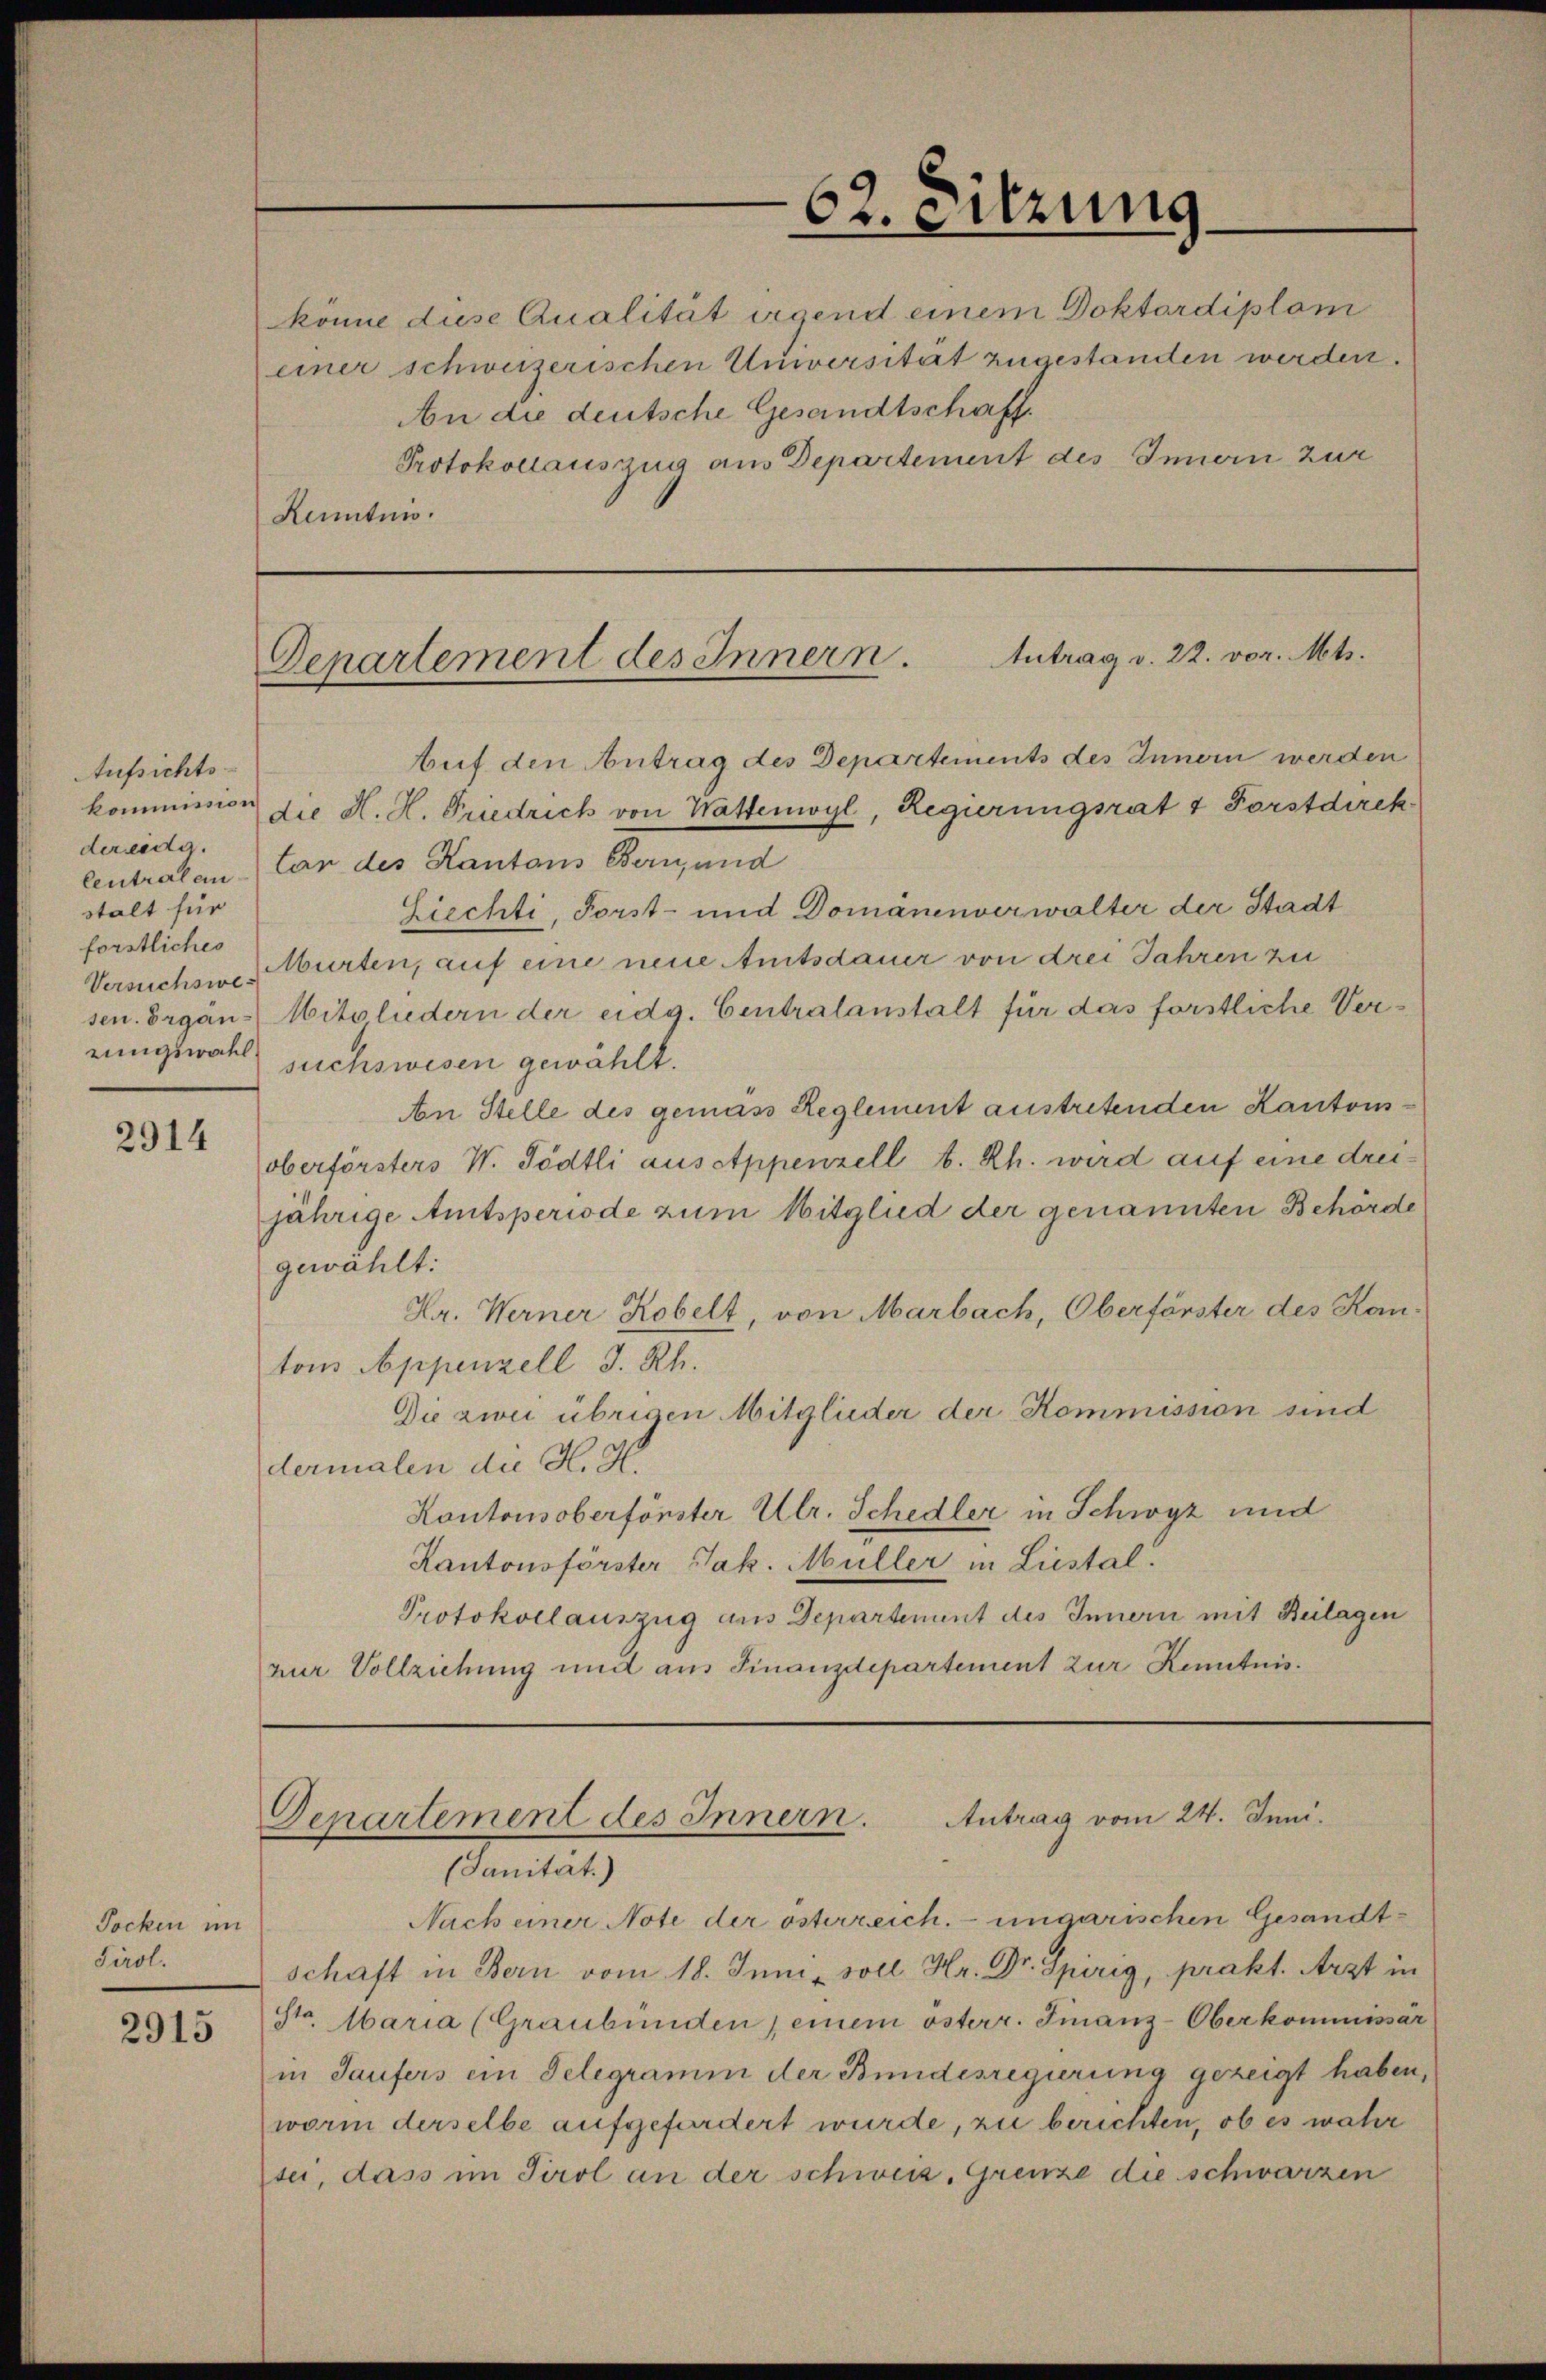
Aufsichts-
der eidg.
stalt für
förstliches
rungswahl

2914

Jocken im
Tirol.
2915

könne diese Qualität irgend einem Doktordiplom
einer schweizerischen Universität zugestanden werden.
An die deutsche Gesandtschaff¬
Protokollauszug aus Departement des Innern zur
Kenntnis.

62. Sitzung

kommission die H. H. Friedrich von Wattenwyl, Regierungsrat & Forstdirek
Centralen an des Kantons Bern und
Ziechti, Forst- und Domänenverwalter der Stadt
Versuchs Würten, auf eine neue Amtsdauer von drei Jahren zu
sen. Ergän- Mitgliedern der eidg. Centralanstalt für das förstliche Versuchswesen gewählt.
An Stelle des gemäss Reglement austretenden Kantonsoberförsters W. Tödtli aus Appenzell b. Rh. wird auf eine dreijährige Amtsperiode zum Mitglied der genannten Behörde
gewählt:
Hr. Werner Robelt, von Marbach, Oberförster des Kantons Appenzell I. Rh.
Die zwei übrigen Mitglieder der Kommission sind
dermalen die H. H.
Kontonsoberförster Ulr. Schedler in Schwyz und
Kantonsförster Jak. Müller in Liestal.
Protokollauszug aus Departement des Innern mit Beilagen
nur Vollziehung und aus Finanzdepartement zur Kenntnis¬

Departement des Innern. Antrag v. 22. vor. Mts.
Auf den Antrag des Departements des Innern werden

Denartement des Innern. Antrag vom 24. Juni.
(Sanität.)

Nach einer Note der österreich. - ungarischen Gesandtschaft in Bern vom 18. Juni soll. Hr. Dr. Spirig, prakt. Arzt in
Str. Maria (Graubünden, einem österr. Finanz-Oberkommissär
in Saufers ein Telegramm der Bundesregierung gezeigt haben,
worin derselbe aufgefordert wurde, zu berichten, ob es wahr
sei, dass im Tirol an der schweiz. Grenze die schwarzen